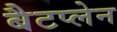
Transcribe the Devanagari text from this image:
बैटप्लेन